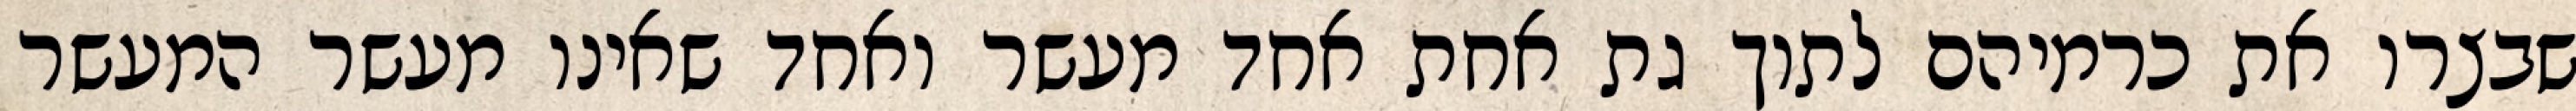
שבצרו את כרמיהם לתוך גת אחת אחד מעשר ואחד שאינו מעשר המעשר